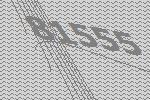
81555